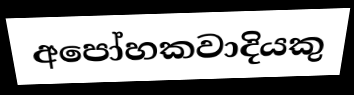
අපෝහකවාදියකු